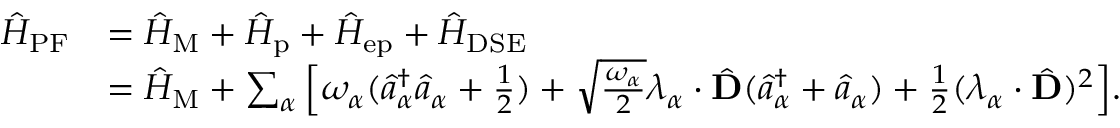
\begin{array} { r l } { \hat { H } _ { \mathrm { P F } } } & { = \hat { H } _ { \mathrm { M } } + \hat { H } _ { \mathrm { p } } + \hat { H } _ { \mathrm { e p } } + \hat { H } _ { \mathrm { D S E } } } \\ & { = \hat { H } _ { \mathrm { M } } + \sum _ { \alpha } \Big [ \omega _ { \alpha } ( \hat { a } _ { \alpha } ^ { \dag } \hat { a } _ { \alpha } + \frac { 1 } { 2 } ) + \sqrt { \frac { \omega _ { \alpha } } { 2 } } \boldsymbol { \lambda } _ { \alpha } \cdot \hat { \mathbf { D } } ( \hat { a } _ { \alpha } ^ { \dag } + \hat { a } _ { \alpha } ) + \frac { 1 } { 2 } ( \boldsymbol { \lambda } _ { \alpha } \cdot \hat { \mathbf { D } } ) ^ { 2 } \Big ] . } \end{array}